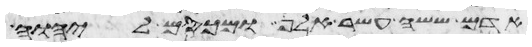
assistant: אדם ששה עשר אלף ומכסם ליהוה